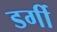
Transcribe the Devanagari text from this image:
डर्गी